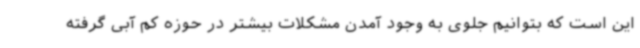
این است که بتوانیم جلوی به وجود آمدن مشکلات بیشتر در حوزه کم آبی گرفته